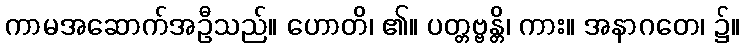
ကာမအဆောက်အဦသည်။ ဟောတိ၊ ၏။ ပတ္တဗ္ဗန္တိ၊ ကား။ အနာဂတေ၊ ၌။